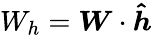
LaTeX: W_{h}=\boldsymbol{W}\cdot\boldsymbol{\hat{h}}